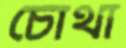
চোথা